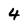
Character: 4